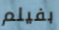
بفيلم